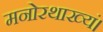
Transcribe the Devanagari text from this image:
मनोरथाख्यं।